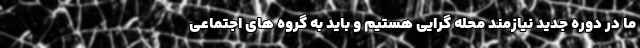
ما در دوره جدید نیازمند محله گرایی هستیم و باید به گروه های اجتماعی